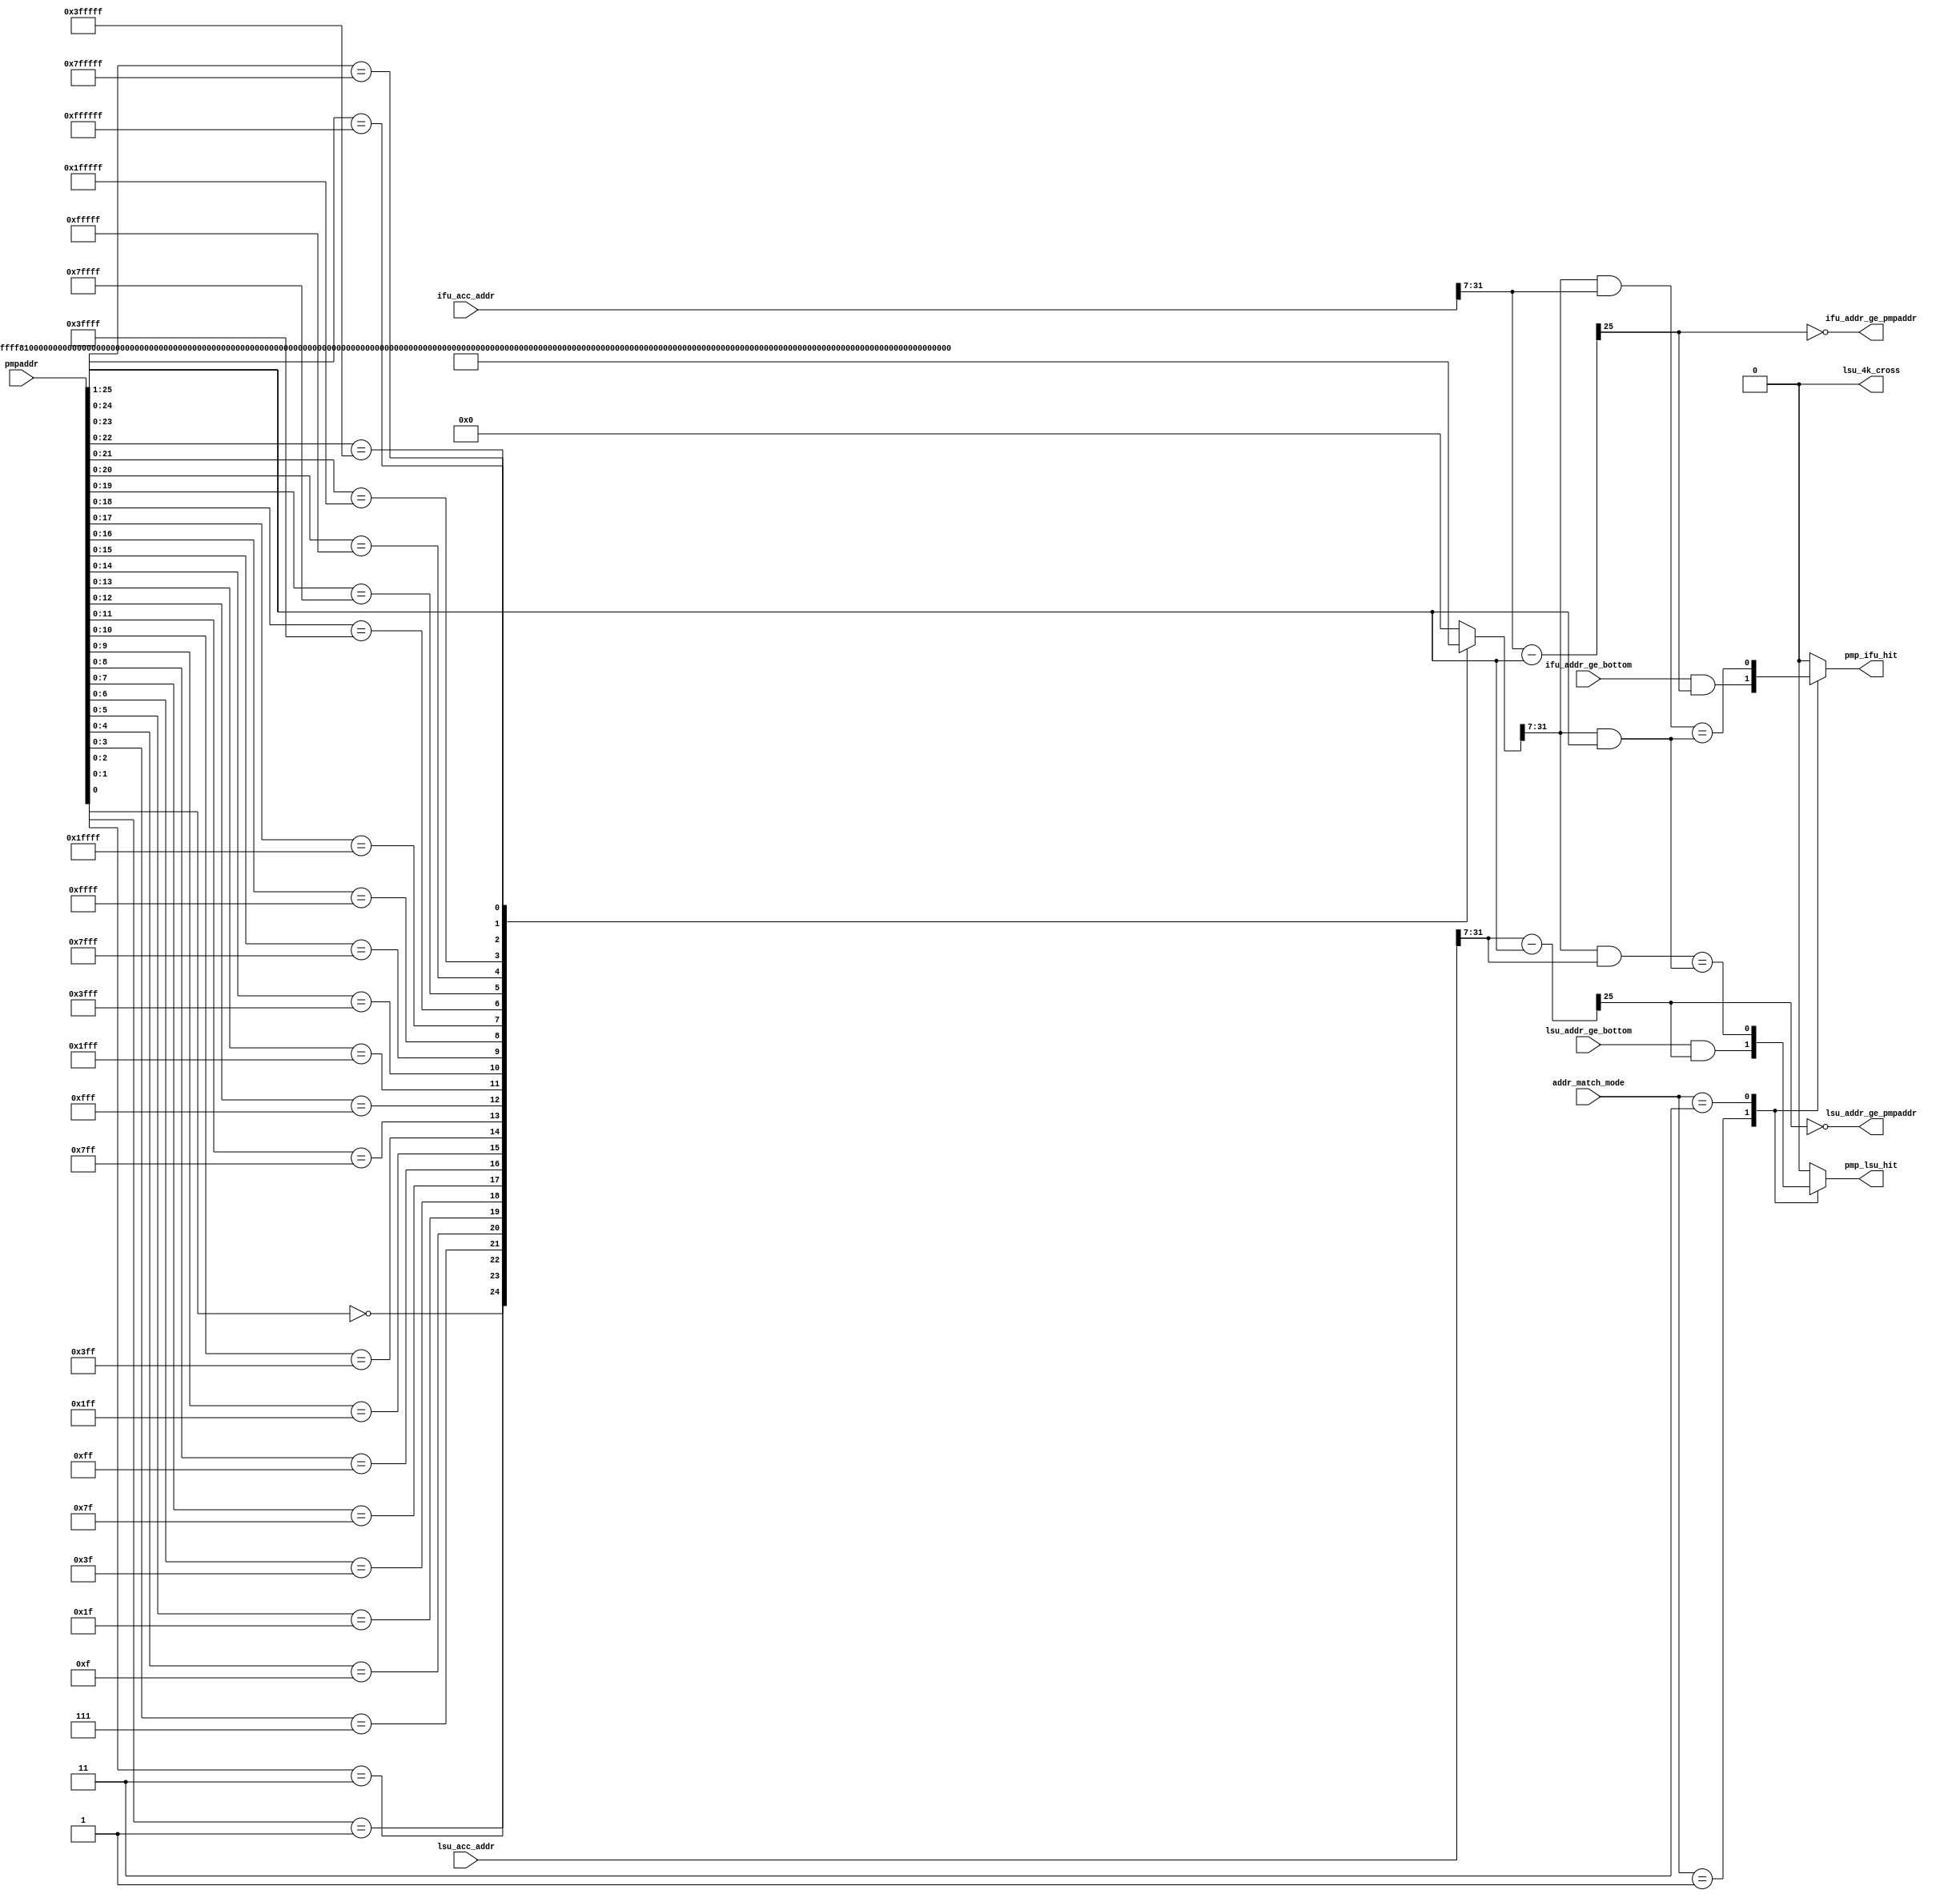
/*Copyright 2020-2021 T-Head Semiconductor Co., Ltd.

Licensed under the Apache License, Version 2.0 (the "License");
you may not use this file except in compliance with the License.
You may obtain a copy of the License at

    http://www.apache.org/licenses/LICENSE-2.0

Unless required by applicable law or agreed to in writing, software
distributed under the License is distributed on an "AS IS" BASIS,
WITHOUT WARRANTIES OR CONDITIONS OF ANY KIND, either express or implied.
See the License for the specific language governing permissions and
limitations under the License.
*/
module pa_pmp_comp_hit(
  addr_match_mode,
  ifu_acc_addr,
  ifu_addr_ge_bottom,
  ifu_addr_ge_pmpaddr,
  lsu_4k_cross,
  lsu_acc_addr,
  lsu_addr_ge_bottom,
  lsu_addr_ge_pmpaddr,
  pmp_ifu_hit,
  pmp_lsu_hit,
  pmpaddr
);

// &Ports; @25
input   [1 :0]  addr_match_mode;     
input   [31:0]  ifu_acc_addr;        
input           ifu_addr_ge_bottom;  
input   [31:0]  lsu_acc_addr;        
input           lsu_addr_ge_bottom;  
input   [25:0]  pmpaddr;             
output          ifu_addr_ge_pmpaddr; 
output          lsu_4k_cross;        
output          lsu_addr_ge_pmpaddr; 
output          pmp_ifu_hit;         
output          pmp_lsu_hit;         

// &Regs; @26
reg     [31:0]  addr_mask;           
reg             pmp_ifu_hit;         
reg             pmp_lsu_hit;         

// &Wires; @27
wire    [1 :0]  addr_match_mode;     
wire    [31:0]  ifu_acc_addr;        
wire            ifu_addr_ge_bottom;  
wire            ifu_addr_ge_pmpaddr; 
wire            ifu_addr_ls_top;     
wire    [25:0]  ifu_comp_adder;      
wire            ifu_napot_addr_match; 
wire            ifu_tor_addr_match;  
wire            lsu_4k_cross;        
wire    [31:0]  lsu_acc_addr;        
wire            lsu_addr_ge_bottom;  
wire            lsu_addr_ge_pmpaddr; 
wire            lsu_addr_ls_top;     
wire    [25:0]  lsu_comp_adder;      
wire            lsu_napot_addr_match; 
wire            lsu_tor_addr_match;  
wire    [25:0]  pmpaddr;             


// &Force("bus","ifu_acc_addr",31,0); @29
// &Force("bus","lsu_acc_addr",31,0); @30
//==========================================================
//                Address Matching Logic
//==========================================================
//Compare access address by four address-matching mode,and 
//generate address hit information
// &CombBeg; @36
always @( ifu_tor_addr_match
       or addr_match_mode[1:0]
       or ifu_napot_addr_match)
begin
  case(addr_match_mode[1:0])
    2'b00:   pmp_ifu_hit = 1'b0;                 //OFF
    2'b01:   pmp_ifu_hit = ifu_tor_addr_match;   //TOR 
//    2'b10:   pmp_ifu_hit = ifu_na4_addr_match;   //NA4
    2'b11:   pmp_ifu_hit = ifu_napot_addr_match; //NAPOT
    default: pmp_ifu_hit = 1'b0; 
  endcase
// &CombEnd; @44
end

// &CombBeg; @46
always @( lsu_tor_addr_match
       or addr_match_mode[1:0]
       or lsu_napot_addr_match)
begin
  case(addr_match_mode[1:0])
    2'b00:   pmp_lsu_hit = 1'b0;                 //OFF
    2'b01:   pmp_lsu_hit = lsu_tor_addr_match;   //TOR 
//    2'b10:   pmp_lsu_hit = lsu_na4_addr_match;   //NA4
    2'b11:   pmp_lsu_hit = lsu_napot_addr_match; //NAPOT
    default: pmp_lsu_hit = 1'b0; 
  endcase
// &CombEnd; @54
end

// IFU
// 1. TOR mode : pmpaddr[i-1]<= addr < pmpaddr[i]
assign ifu_comp_adder[25:0] = {1'b0,ifu_acc_addr[31:7]} - {1'b0,pmpaddr[25:1]};
assign ifu_addr_ls_top      = ifu_comp_adder[25];
assign ifu_addr_ge_pmpaddr  = !ifu_comp_adder[25];
assign ifu_tor_addr_match   = ifu_addr_ge_bottom && ifu_addr_ls_top;

// 2. NAPOT : addr &addr_mask == pmpaddr & addr_mask
assign ifu_napot_addr_match = (addr_mask[31:7] & ifu_acc_addr[31:7]) == (addr_mask[31:7] & pmpaddr[25:1]);

// LSU
// 1. TOR mode : pmpaddr[i-1]<= addr < pmpaddr[i]
assign lsu_comp_adder[25:0] = {1'b0,lsu_acc_addr[31:7]} - {1'b0,pmpaddr[25:1]};
assign lsu_addr_ls_top      = lsu_comp_adder[25];
assign lsu_addr_ge_pmpaddr  = ~lsu_comp_adder[25];
assign lsu_tor_addr_match   = lsu_addr_ge_bottom && lsu_addr_ls_top;

// 2. NAPOT : addr & addr_mask == pmpaddr & addr_mask
assign lsu_napot_addr_match = (addr_mask[31:7] & lsu_acc_addr[31:7]) == (addr_mask[31:7] & pmpaddr[25:1]);

// dummy port
assign lsu_4k_cross   = 1'b0;

//----------------------------------------------------------
//Generate the address mask for the addr come from ifu or iu
//register the addr mask signal to avoid timing violation
//----------------------------------------------------------
// &CombBeg; @107
always @( pmpaddr[25:0])
begin
  casez(pmpaddr[25:0])
    26'b??_????_????_????_????_????_???0 : addr_mask[31:0] = 32'hffffff80; //128B
    26'b??_????_????_????_????_????_??01 : addr_mask[31:0] = 32'hffffff00; //256B
    26'b??_????_????_????_????_????_?011 : addr_mask[31:0] = 32'hfffffe00; //512B
    26'b??_????_????_????_????_????_0111 : addr_mask[31:0] = 32'hfffffc00; //1KB
    26'b??_????_????_????_????_???0_1111 : addr_mask[31:0] = 32'hfffff800; //2KB
    26'b??_????_????_????_????_??01_1111 : addr_mask[31:0] = 32'hfffff000; //4KB
    26'b??_????_????_????_????_?011_1111 : addr_mask[31:0] = 32'hffffe000; //8KB
    26'b??_????_????_????_????_0111_1111 : addr_mask[31:0] = 32'hffffc000; //16KB
    26'b??_????_????_????_???0_1111_1111 : addr_mask[31:0] = 32'hffff8000; //32KB
    26'b??_????_????_????_??01_1111_1111 : addr_mask[31:0] = 32'hffff0000; //64KB
    26'b??_????_????_????_?011_1111_1111 : addr_mask[31:0] = 32'hfffe0000; //128KB
    26'b??_????_????_????_0111_1111_1111 : addr_mask[31:0] = 32'hfffc0000; //256KB
    26'b??_????_????_???0_1111_1111_1111 : addr_mask[31:0] = 32'hfff80000; //512KB
    26'b??_????_????_??01_1111_1111_1111 : addr_mask[31:0] = 32'hfff00000; //1M
    26'b??_????_????_?011_1111_1111_1111 : addr_mask[31:0] = 32'hffe00000; //2M
    26'b??_????_????_0111_1111_1111_1111 : addr_mask[31:0] = 32'hffc00000; //4M
    26'b??_????_???0_1111_1111_1111_1111 : addr_mask[31:0] = 32'hff800000; //8M
    26'b??_????_??01_1111_1111_1111_1111 : addr_mask[31:0] = 32'hff000000; //16M
    26'b??_????_?011_1111_1111_1111_1111 : addr_mask[31:0] = 32'hfe000000; //32M
    26'b??_????_0111_1111_1111_1111_1111 : addr_mask[31:0] = 32'hfc000000; //64M
    26'b??_???0_1111_1111_1111_1111_1111 : addr_mask[31:0] = 32'hf8000000; //128M
    26'b??_??01_1111_1111_1111_1111_1111 : addr_mask[31:0] = 32'hf0000000; //256M
    26'b??_?011_1111_1111_1111_1111_1111 : addr_mask[31:0] = 32'he0000000; //512M
    26'b??_0111_1111_1111_1111_1111_1111 : addr_mask[31:0] = 32'hc0000000; //1G
    26'b?0_1111_1111_1111_1111_1111_1111 : addr_mask[31:0] = 32'h80000000; //2G
    26'b01_1111_1111_1111_1111_1111_1111 : addr_mask[31:0] = 32'h00000000; //4G
    default                              : addr_mask[31:0] = 32'b0;
  endcase
// &CombEnd; @137
end

// &ModuleEnd; @139
endmodule